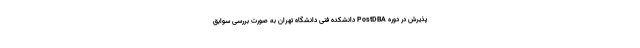
پذیرش در دوره PostDBA دانشکده فنی دانشگاه تهران به صورت بررسی سوابق